Scottish Leaving Certificate Examination, 1952
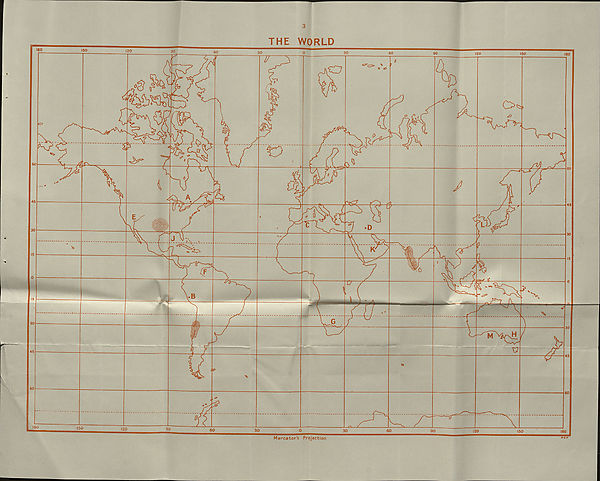
CONTOUR
map
of
a region
4
(C37407) 3,270 + 1,025 + 2 +240+ 87 3/52
NCM